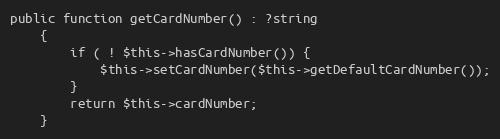
Language: PHP
public function getCardNumber() : ?string
    {
        if ( ! $this->hasCardNumber()) {
            $this->setCardNumber($this->getDefaultCardNumber());
        }
        return $this->cardNumber;
    }